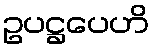
ဥပဋ္ဌပေဟိ